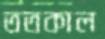
ততকাল